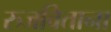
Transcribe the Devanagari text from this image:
रुजविताना